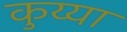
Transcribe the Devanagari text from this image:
कुय्या